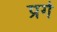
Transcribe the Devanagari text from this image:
प्रर्ग